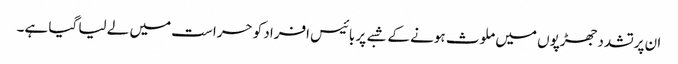
ان پرتشدد جھڑپوں میں ملوث ہونے کے شبے پر بائیس افراد کو حراست میں لے لیا گیا ہے۔